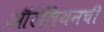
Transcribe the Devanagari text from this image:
ऑरेलियनची